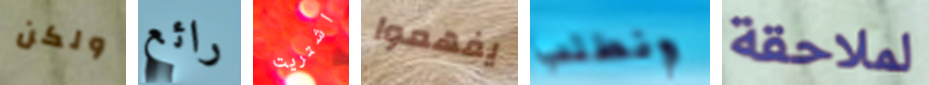
ولكن رائع اشتريت يفهموا ونطلب لملاحقة